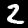
Digit: 2